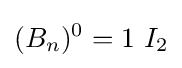
(B_{n})^{0}=1~I_{2}